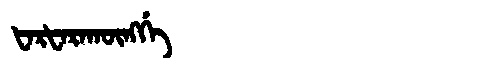
Manchu: ᡶᠠᡵᡶᠠᡵᠠᡴᡡᠩᡤᡝ
Romanization: FARFARAKŪNGGE